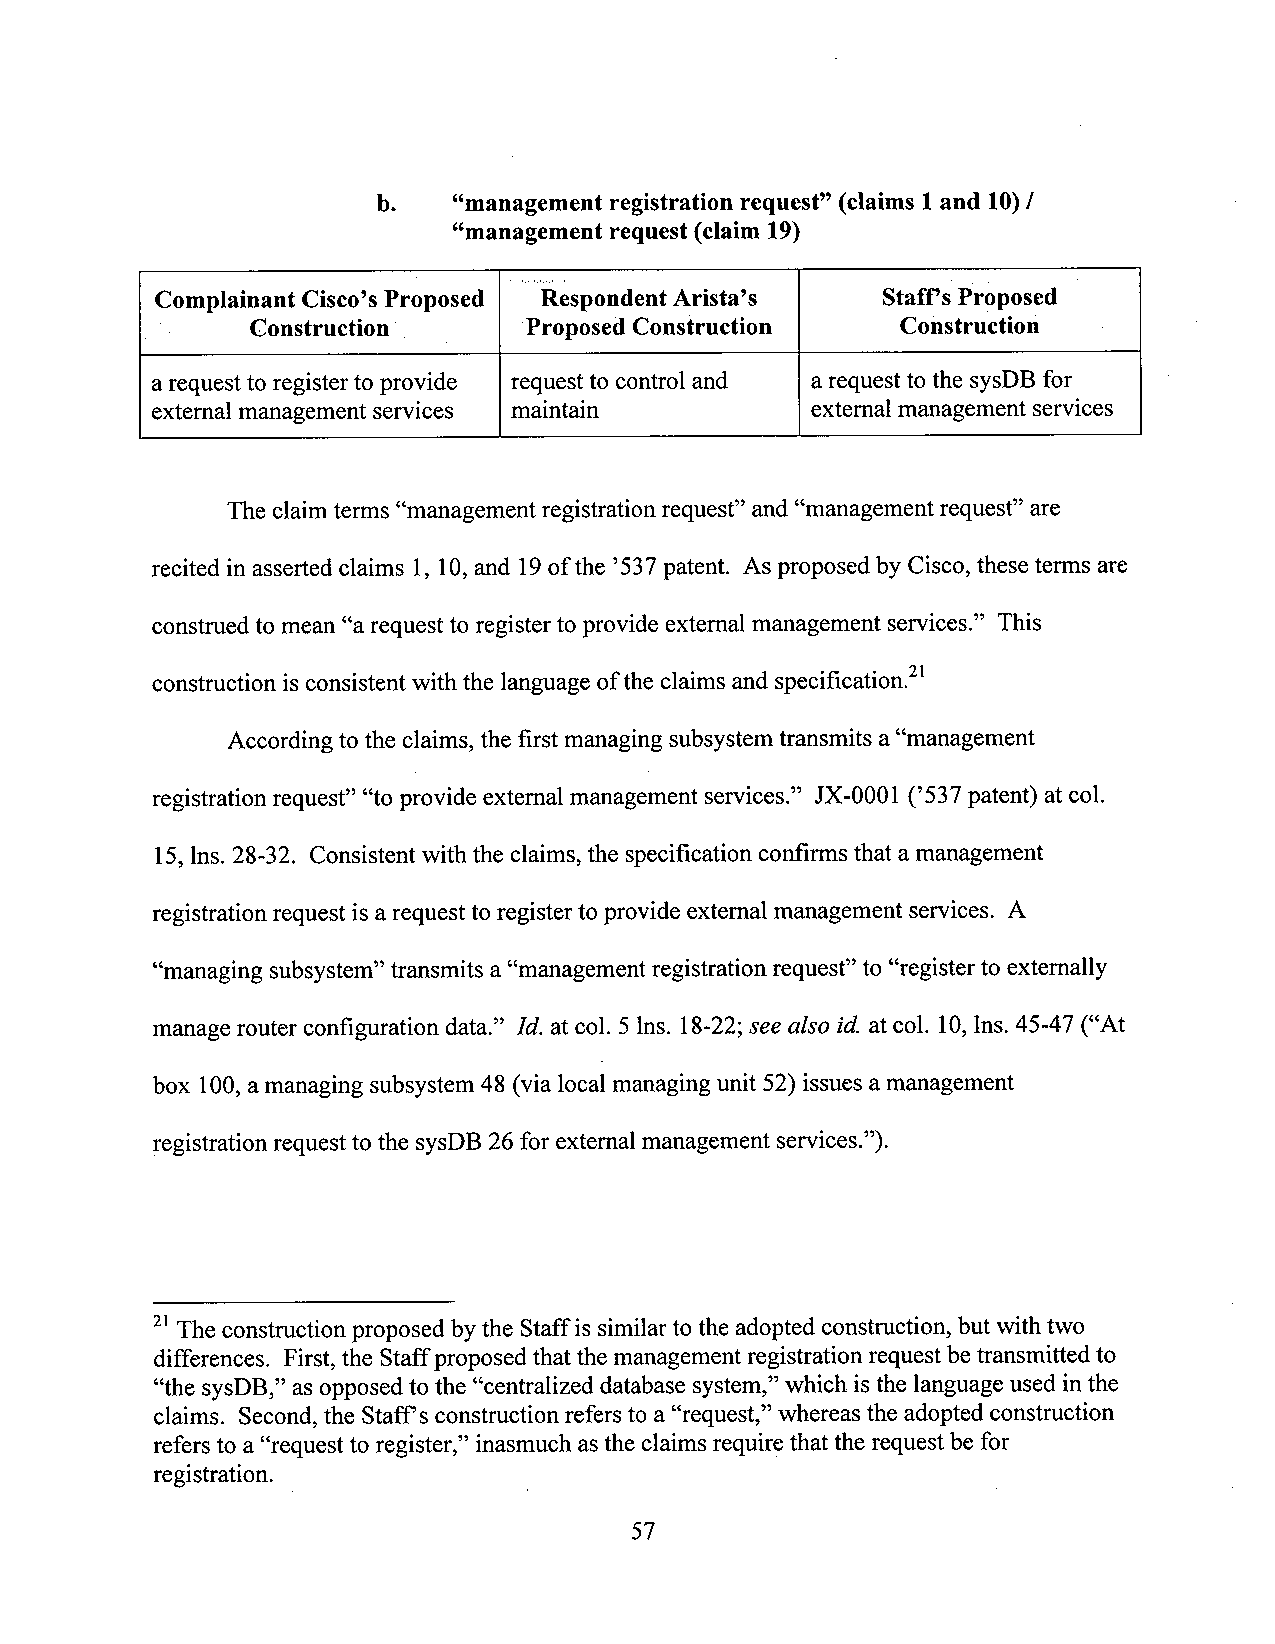
b.   “management registration request” (claims 1and 10)/
 “management request (claim 19)
 Complainant Cisco’sProposed Respondent Arista’s Staff’sProposed
 Construction ‘    Proposed Construction    Construction
 arequest to register to provide request to control and a request to the sysDB for
 external management services maintain       extemal management services
 The claimterms “management registration request” and “management request” are
 recited in asserted claims l, 10,and 19of the ’537patent. As proposed by Cisco, these terms are
 construed to mean “arequest to register to provide extemal management services.” This
 construction isconsistent with the languageofthe claimsand specification.“
 Accordingtothe claims, the first managing subsystem transmits a“management
 registration request” “to provide extemal management services.” JX-0001 (’537 patent) at col.
 l5, lns. 28-32. Consistent with the claims,the specification confirms that a management
 registration request isa request to register to provide external management services. A
 “managing subsystem”transmits a “management registration request” to “register to externally
 manage router configuration data.” Id. at col. 5lns. 18-22;see also id. at col. 10,lns. 45-47 (“At
 box 100,amanaging subsystem 48 (via local managing unit 52) issues amanagement
 registration request tothe sysDB 26for extemal management services”).
 21The construction proposed bythe Staff is similar to the adopted construction, but with two
 differences. First,the Staffproposed thatthe management registration request betransmitted to
 “the sysDB,” as opposed to the “centralized database system,” which isthe language used inthe
 claims. Second, the Staff‘sconstruction refers to a “request,” whereas the adopted construction
 refers to a “request to register,” inasmuch asthe claims require that the request be for
 registration.
 57